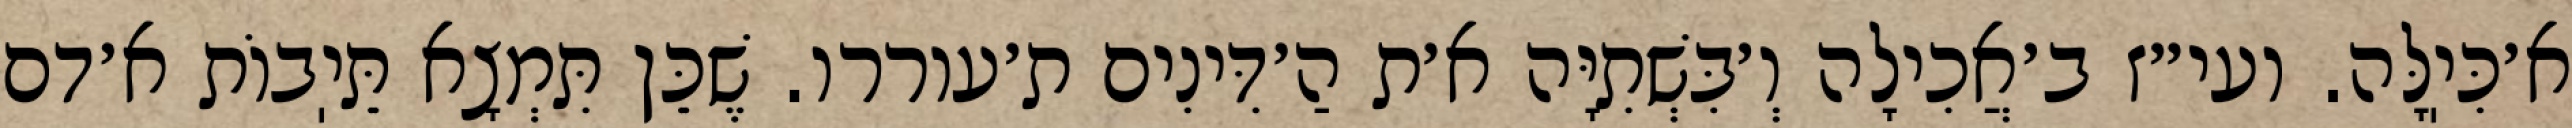
א׳כִּיֽלָּה. ועי״ז ב׳אֲכִילָה וְ׳בִּשְׁתִיָּה א׳ת הַ׳דִּינִים ת׳עוררו. שֶׁכֵּן תִּמְצָא תֵּיֽבוֹת א׳דם